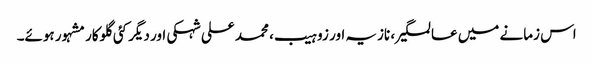
اس زمانے میں عالمگیر، نازیہ اور زوہیب، محمد علی شہکی اور دیگر کئی گلوکار مشہور ہوئے۔